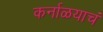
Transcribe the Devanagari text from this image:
कर्नाळयाचं